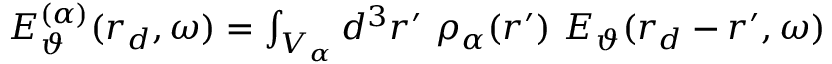
\begin{array} { r } { E _ { \vartheta } ^ { ( \alpha ) } ( \boldsymbol { r } _ { d } , \omega ) = \int _ { V _ { \alpha } } d ^ { 3 } \boldsymbol { r } ^ { \prime } \, \, \rho _ { \alpha } ( \boldsymbol { r } ^ { \prime } ) \, \, E _ { \vartheta } ( \boldsymbol { r } _ { d } - \boldsymbol { r } ^ { \prime } , \omega ) } \end{array}